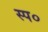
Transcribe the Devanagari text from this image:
स्प०